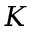
K